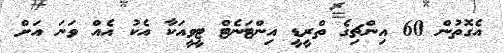
އެގޮތުން 60 އިންޗިގެ ތްރީޑީ އިންޓަނެޓް ޓީވީއަކާ އެކު އެއް ވަނަ އަށް